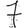
Digit: 7